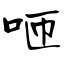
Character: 咂